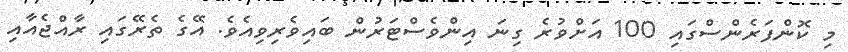
މި ކޮންފަރެންސްގައި 100 އަށްވުރެ ގިނަ އިންވެސްޓަރުން ބައިވެރިވިއެވެ. އޭގެ ތެރޭގައި ރާއްޖެއާއި